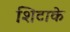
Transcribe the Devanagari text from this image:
शिटाके